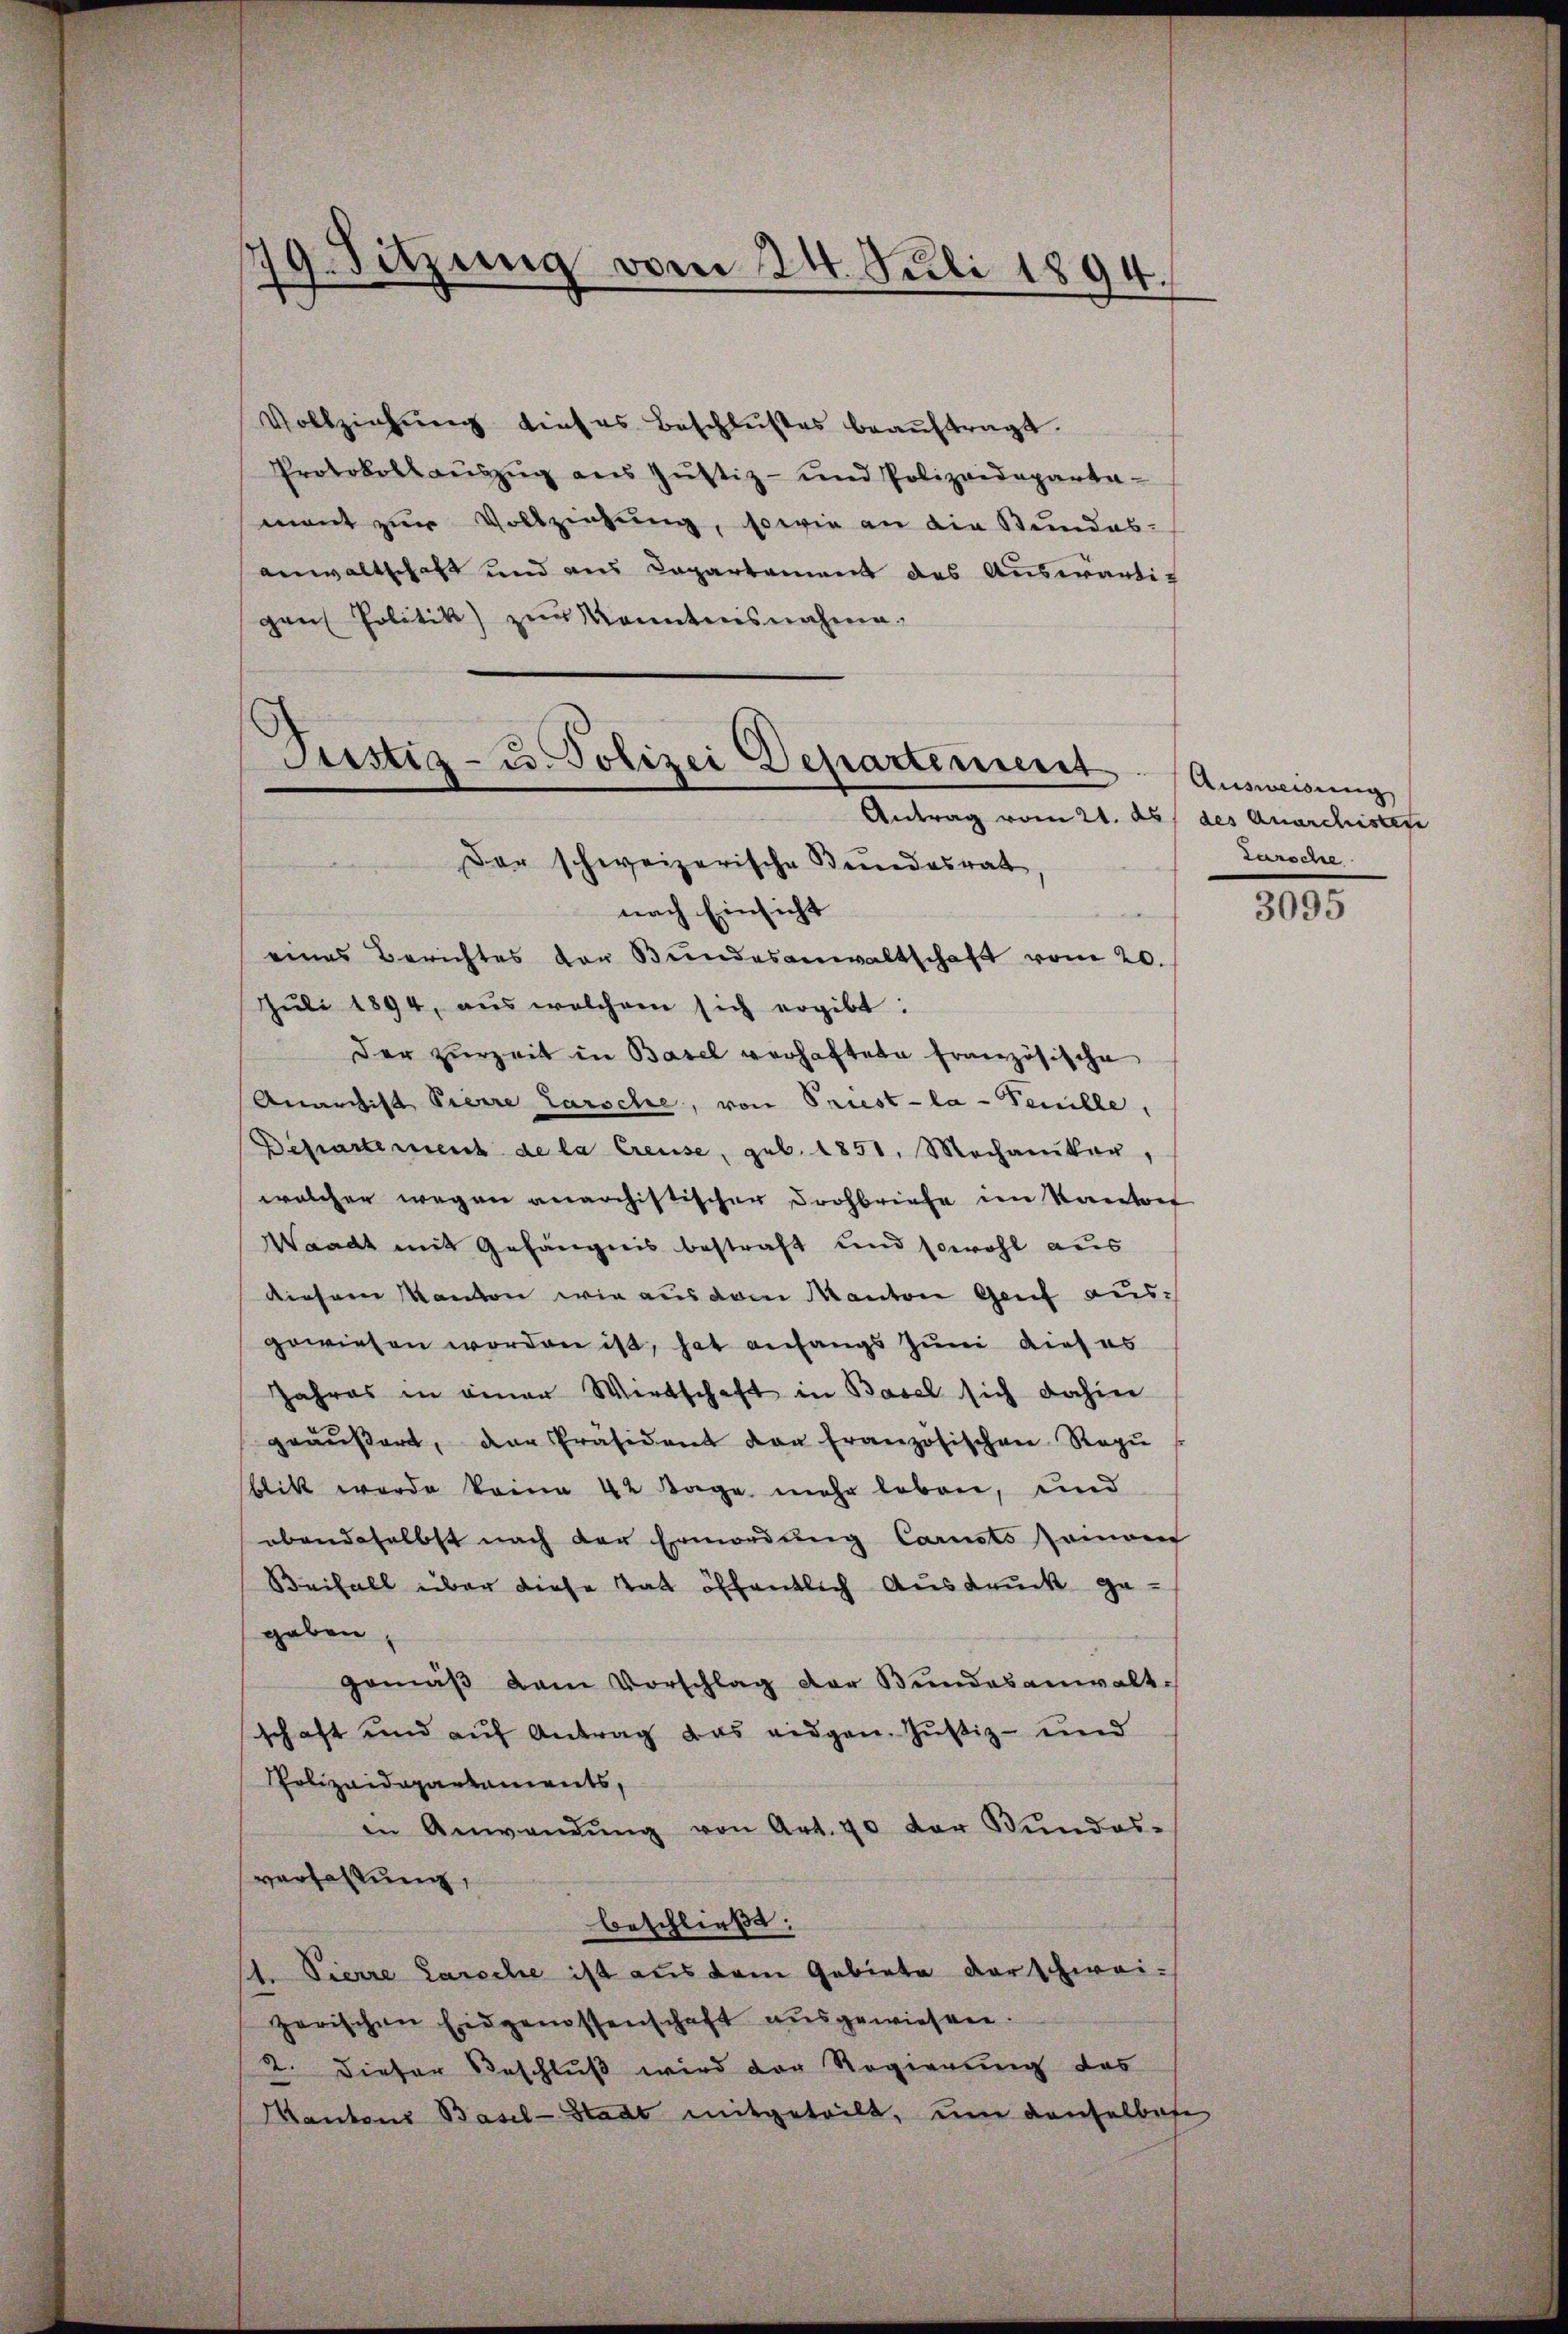
Vollziehung dieses Beschlußes beaŭftragt.
Protokollaŭszŭg aŭs Jŭstiz- und Polizeideparta-
mant zur Vollziehung, sowie an die Stundes-
anwaltschaft und aus Capartement des Auswärtig
gen Politik zŭr Kenntnisnahme.
Der schweizerische Bundesrat
nach Einsicht
eines Berichtes der Bundesanwaltschaft vom 20.
Juli 1894, aus welchem sich ergibt:
Der zurzeit in Basel verhaftete Französische
Anarchist Pierre Larsche, von Priest-la-Feuille,
Departement de la Creuse, geb. 1851, Mechaniker,
welcher wegen anarchistischer Drohbriefe im Kanton
Waadt mit Gefängnis bestraft und sowohl aus
Diesem Kanton wie aus dem Manton Genf ausgewiesen worden ist, hat anfangs Juni dies es
Jahres in einer Wirtschaft in Basel sich dahin
geäŭβert, der Präsident den französischen Regŭ
blikt werde keine 42 Tage mehr leben, und
abendaselbst nach der Ermordung Carusts seinem
Beifall über diese Tat öffentlich Ausdruck ge
gaben
gemäβ dem Vorschlag der Bundesanwalt.
schaft und auf Antrag das eidgen. Justiz- und
Polizeidepartaments,
in Anwendŭng von Art. 40 der Bŭndes-
verzahlung,
beschließt:
1. Pierre Larsche ist aus dem Gebiete darschwei-
zerischen Eidgenossenschaft ausgewiesen.
2. Dieser Beschluß wird der Regierung das
Mantons Basel-Stadt mitgeteilt, um Laufelbare

19. Sitzung vom 24. Juli 1894.
n

Pustiz- u. Polizei Departement
Antrag vom 21. ds. des Anarchistete

Ausweisung
Larsche

3095